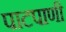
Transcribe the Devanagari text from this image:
पाटपाणी